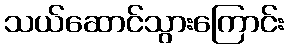
သယ်ဆောင်သွားကြောင်း